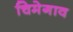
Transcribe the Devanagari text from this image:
चिमेगाव